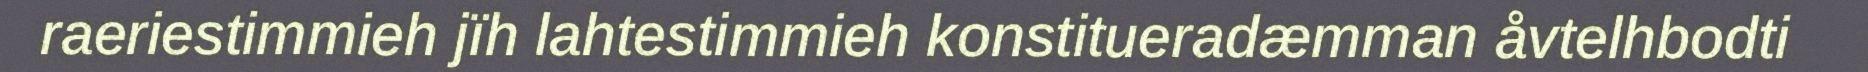
raeriestimmieh jïh lahtestimmieh konstitueradæmman åvtelhbodti